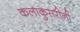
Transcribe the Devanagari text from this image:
कलाकुसरीनी